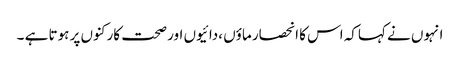
انہوں نے کہاکہ اس کا انحصار ماؤں ،دائیوں اور صحت کارکنوں پر ہوتا ہے ۔